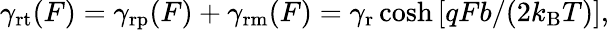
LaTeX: \begin{array}{r}{\gamma_{\mathrm{rt}}(F)=\gamma_{\mathrm{rp}}(F)+\gamma_{\mathrm{rm}}(F)=\gamma_{\mathrm{r}}\cosh\left[qFb/(2k_{\mathrm{B}}T)\right],}\end{array}